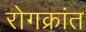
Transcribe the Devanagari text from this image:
रोगक्रांत